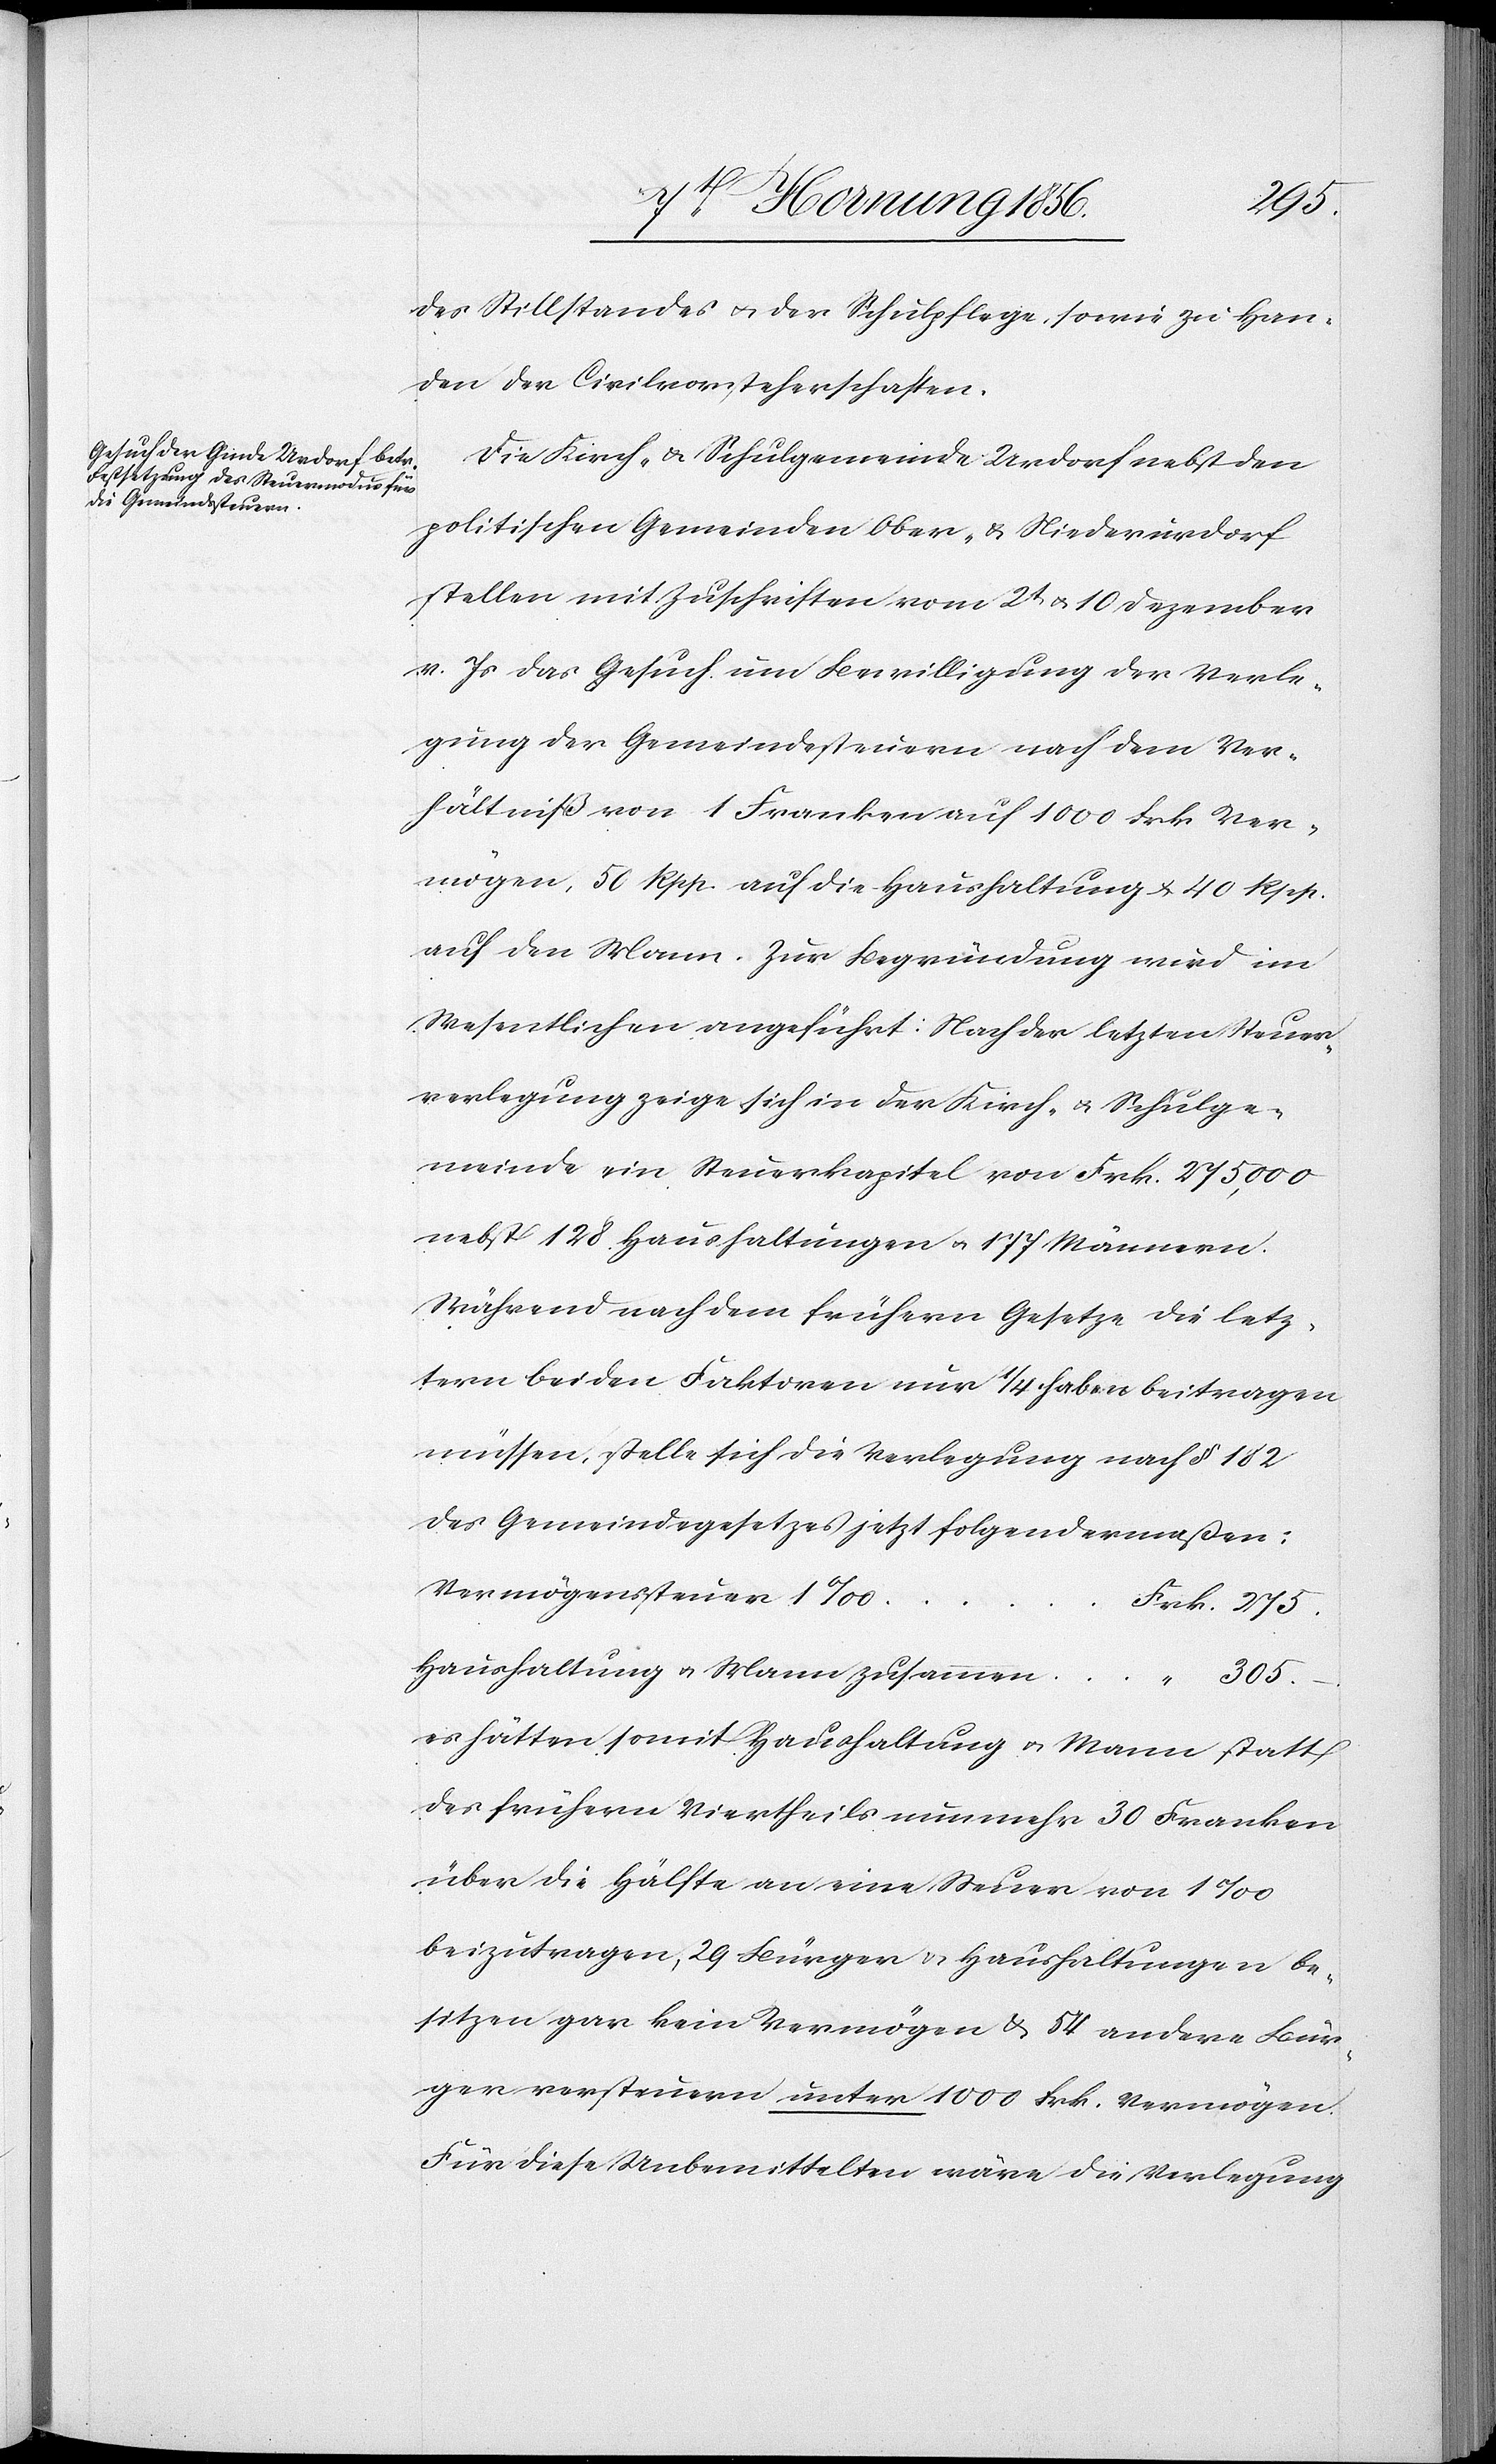
275.
des Stillstandes u. der Schulpflege, sowie zu Han¬
den der Civilvorsteherschaften.
Die Kirch- u. Schulgemeinde Urdorf nebst den
politischen Gemeinden Ober- u. Niederdorf
stellen mit Zuschriften vom 2t u. 10 Dezember
v. Js das Gesuch um Bewilligung der Verle¬
gung der Gemeindesteuern nach dem Ver¬
hältniß von 1 Franken auf 1000 Frk Ver¬
mögen, 50 Rpp. auf die Haushaltung & 40 Rpp.
auf den Mann. Zur Begründung wird im
Wesentlichen angeführt: Nach der letzten Steuer¬
verlegung zeige sich in der Kirch- u. Schulge¬
meinde ein Steuerkapitel von Frk. 275,000
nebst 128 Haushaltungen u. 177 Männern.
Während nach dem frühern Gesetze die letz¬
tern beiden Faktoren nur ¼ haben beitragen
müssen, stelle sich die Verlegung nach § 182
des Gemeindegesetzes jetzt folgendermaßen:
Vermögenssteuer 1‰	Frk.
Haushaltung u. Mann zusammen	F¬
305.–.
rk.
es hätten somit Haushaltung u. Mann statt
des frühern Viertheils nunmehr 30 Franken
über die Hälfte an eine Steuer von 1‰
beizutragen, 29 Bürger u. Haushaltungen be¬
sitzen gar kein Vermögen & 54 andere Bür¬
ger versteuern unter 1000 Frk. Vermögen.
Für diese Unbemittelten wäre die Verlegung